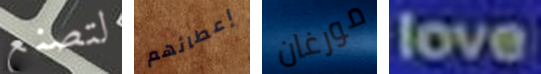
لتصنع إعطائهم مورغان love